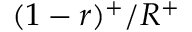
( 1 - r ) ^ { + } / R ^ { + }